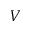
V